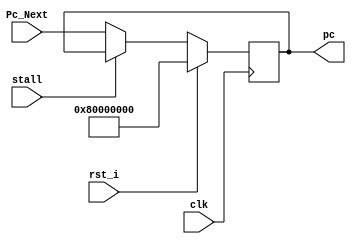
module PC_Counter_1#(parameter width = 32)(  // Module definition with parameter for bit-width
    input clk,                                // Clock input
    input rst_i,                              // Reset input
    input stall,                              // Stall input to hold the PC value
    input [width-1:0] Pc_Next,                // Input for the next PC value
    output reg [width-1:0] pc                 // Output PC value
    );
    
    always @(posedge clk)begin
        if(rst_i)begin
            pc <= 32'h80000000;               // Set PC to starting address on reset
        end
        else if (stall)begin
            pc <= pc;                         // Hold current PC value on stall
        end
        else begin
            pc <= Pc_Next;                    // Update PC to next value
        end
    end
endmodule